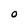
Character: O